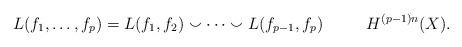
LaTeX: \begin{align*}L(f_1, \ldots, f_p) = L(f_1,f_2)\smallsmile\cdots\smallsmile L(f_{p-1},f_p)\qquad\ \ H^{(p-1)n} (X).\end{align*}